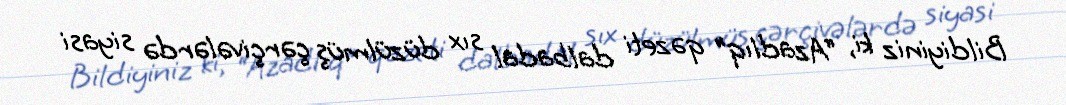
Bildiyiniz ki, “Azadlıq” qəzeti dalbadal sıx düzülmüş çərçivələrdə siyasi